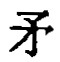
矛